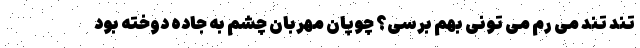
تند تند می رم می تونی بهم برسی؟ چوپان مهربان چشم به جاده دوخته بود